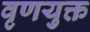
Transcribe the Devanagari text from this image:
वृणयुक्त